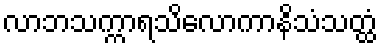
လာဘသက္ကာရသိလောကာနိသံသတ္ထံ